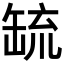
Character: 𦈷